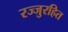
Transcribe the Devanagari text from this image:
रज्जुरहित